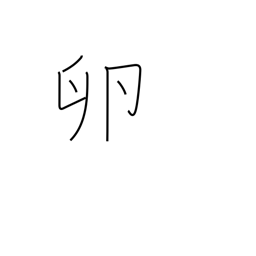
Meaning: roe